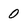
Character: 0